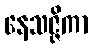
နေသဇ္ဇိကာ